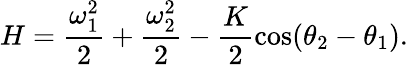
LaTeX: H=\frac{\omega_{1}^{2}}{2}+\frac{\omega_{2}^{2}}{2}-\frac{K}{2}\cos(\theta_{2}-\theta_{1}).